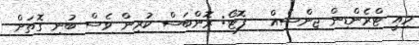
މިއީ ޓްރެންޑިން ޖިންސެއް - ފޮޓޯ: ރޮންބަސް ކުރިން ވެސް ބުނި ގޮތަށް